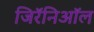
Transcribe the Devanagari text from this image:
जिरॅनिऑल